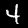
Label: 4